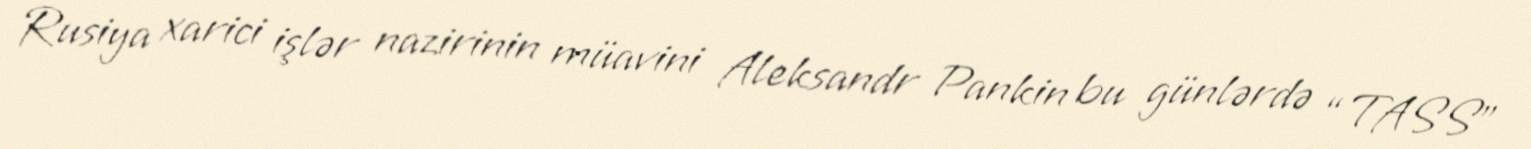
Rusiya xarici işlər nazirinin müavini Aleksandr Pankin bu günlərdə “TASS”